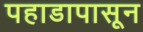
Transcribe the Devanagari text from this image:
पहाडापासून